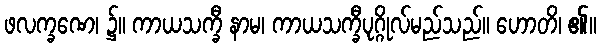
ဖလက္ခဏေ၊ ၌။ ကာယသက္ခီ နာမ၊ ကာယသက္ခီပုဂ္ဂိုလ်မည်သည်။ ဟောတိ၊ ၏။